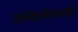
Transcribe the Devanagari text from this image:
संबंधांबाबतही